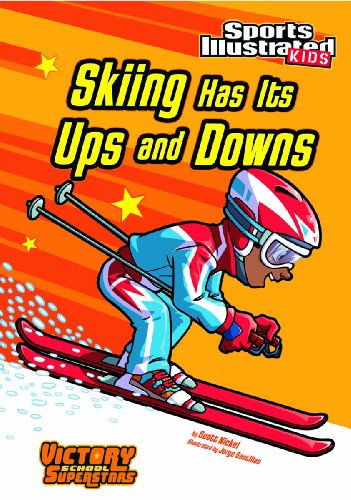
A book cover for Skiing Has Its Ups and Downs (Sports Illustrated Kids Victory School Superstars); Scott Nickel; Children's Books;